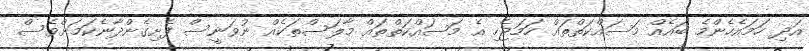
އަދި ހަމައެހެންމެ ބައެއް މަސައްކަތްތައް ހަމަޖެހި އެ މަސައްކަތްތައް މާލަސްތަކެއް ނުވަނީސް ފެށިގެންދާނެކަމަށްވެސް